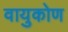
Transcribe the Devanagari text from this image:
वायुकोण